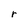
Character: r